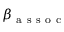
\beta _ { \mathrm { ~ a ~ s ~ s ~ o ~ c ~ } }